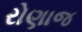
રોણાજ